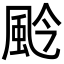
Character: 𩖦